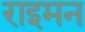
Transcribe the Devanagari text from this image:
राइमन